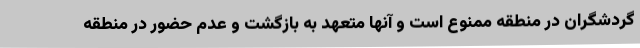
گردشگران در منطقه ممنوع است و آنها متعهد به بازگشت و عدم حضور در منطقه